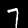
Digit: 7